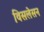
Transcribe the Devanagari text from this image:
विसलेसन